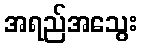
အရည်အသွေး